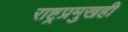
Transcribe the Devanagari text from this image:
राष्ट्रप्रमुखही